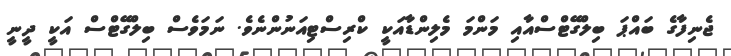
ޖެނިފާގެ ބައްޕަ ބިލްގޭޓްސްއާއި މަންމަ މެލިންޑާއަކީ ކްރިސްޓިއަނުންނެވެ. ނަމަވެސް ބިލްގޭޓްސް އަކީ ދީނީ